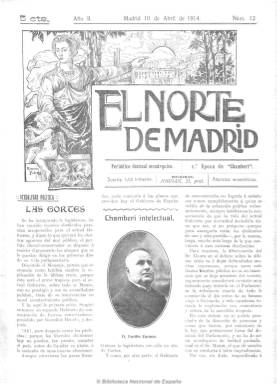
Título: El Norte de Madrid (Madrid)
Colección: Periódicos
Ámbito geográfico: Madrid
Lugar de publicación: Madrid
Fechas: 10/04/1914-24/12/1916

Título que reemplaza al de Chamberí (1913-1914), indicando que se trata de su segunda época y continuando su serie, además de permanecer con el mismo subtítulo: “periódico decenal monárquico”,  al incorporar los distritos madrileños de Universidad y Hospicio a su área de información y difusión.

Continúa asimismo manteniendo las mismas secciones que su antecesor, como la de actualidad política, en la que da cuenta de la actividad municipal de la zona norte de la capital, ampliándola también con artículos y breves de fondo sobre la política parlamentaria y gubernamental, o la de “Chamberí intelectual”.

Cambiará su subtítulo y periodicidad a “semanario independiente”, con la leyenda “defensor de los intereses de la zona norte de Madrid y de los gremios madrileños”, aumentando de ocho a doce páginas por número, dedicándole varias de ellas a los anuncios comerciales. Dará cabida también a la creación literaria (narraciones y poemas), dándole a sus sueltos un estilo jocoso y humorístico, ofreciendo también crónicas sociales o de actualidad municipal y social, referentes a obras, transportes o actividades culturales, vida comercial e industrial de este distrito madrileño.

Ilustrada, su portada estará ocupada por una gran fotografía. Entre las firmas de sus colaboradores aparecen las de Lino Cemar, Antonio Escudero, José Salvador Ramón, Julio Peñalva Romero o Andrés Aragón.